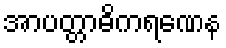
အာပတ္တာဓိကရဏေန